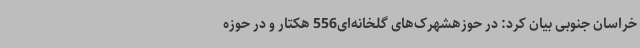
خراسان جنوبی بیان کرد: در حوزهشهرک‌های گلخانه‌ای556 هکتار و در حوزه